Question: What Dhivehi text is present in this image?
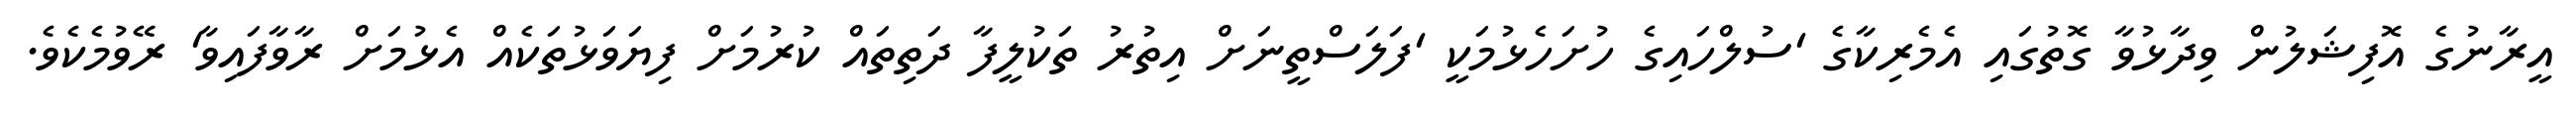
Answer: އީރާނުގެ އޮފިޝަލުން ވިދާޅުވާ ގޮތުގައި އެމެރިކާގެ 'ސުލްހައިގެ ހުށަހެޅުމަކީ 'ފަލަސްތީނަށް އިތުރު ތަކުލީފާ ދަތިތައް ކުރުމަށް ފިޔަވަޅުތަކެއް އެޅުމަށް ރާވާފައިވާ' ރޭވުމެކެވެ.